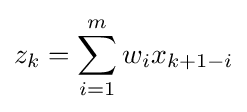
z_{k}=\sum _{i=1}^{m}w_{i}x_{k+1-i}